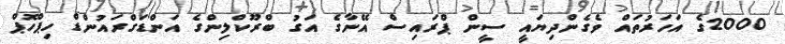
2000ގެ އަހަރުތައް ވެގެންދިޔައީ ސީން ޕްރައިސް އޭނާގެ އަގު ބްރޫކްލިންގެ އަންޑަގްރައުންޑް ހިޕްހޮޕް